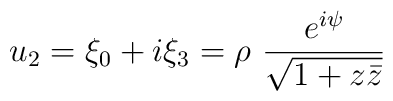
u_{2} = \xi_{0} + i \xi_{3} = \rho~\frac{ e^{i\psi}}{\sqrt{1+z\bar{z}}}